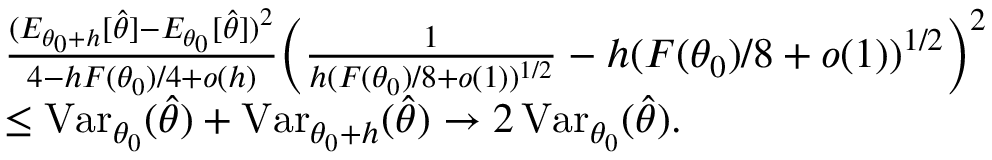
\begin{array} { r l } & { \frac { ( E _ { { \theta _ { 0 } } + h } [ \widehat \theta ] - E _ { \theta _ { 0 } } [ \widehat \theta ] ) ^ { 2 } } { 4 - h F ( \theta _ { 0 } ) / 4 + o ( h ) } \Big ( \frac { 1 } { h ( F ( { \theta _ { 0 } } ) / 8 + o ( 1 ) ) ^ { 1 / 2 } } - h ( F ( { \theta _ { 0 } } ) / 8 + o ( 1 ) ) ^ { 1 / 2 } \Big ) ^ { 2 } } \\ & { \leq \operatorname { V a r } _ { \theta _ { 0 } } ( \widehat \theta ) + \operatorname { V a r } _ { { \theta _ { 0 } } + h } ( \widehat \theta ) \rightarrow 2 \operatorname { V a r } _ { \theta _ { 0 } } ( \widehat \theta ) . } \end{array}